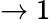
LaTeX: \rightarrow 1